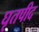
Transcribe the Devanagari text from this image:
घृतपीद